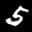
Label: 5